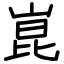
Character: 崑